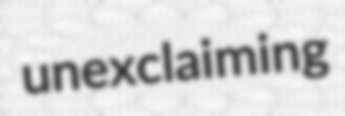
unexclaiming